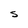
Character: S